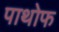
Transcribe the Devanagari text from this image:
पाथोफ